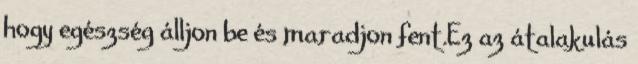
hogy egészség álljon be és maradjon fent.Ez az átalakulás